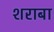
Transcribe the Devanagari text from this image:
शराबा